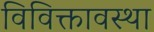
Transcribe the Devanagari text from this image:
विविक्तावस्था